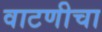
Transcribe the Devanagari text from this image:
वाटणीचा